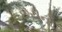
છરીનો